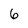
Character: 6